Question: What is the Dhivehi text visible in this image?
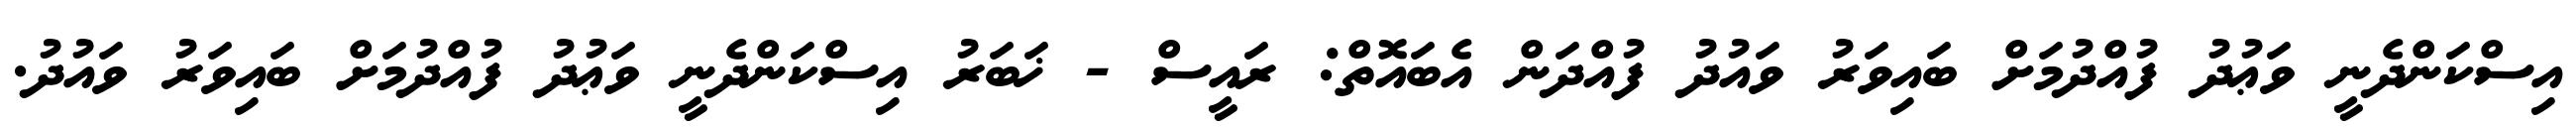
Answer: އިސްކަންދެނީ ވަޢުދު ފުއްދުމަށް ބައިވަރު ވައުދު ފުއްދަން އެބައޮތް: ރައީސް - ޚަބަރު އިސްކަންދެނީ ވަޢުދު ފުއްދުމަށް ބައިވަރު ވައުދު.